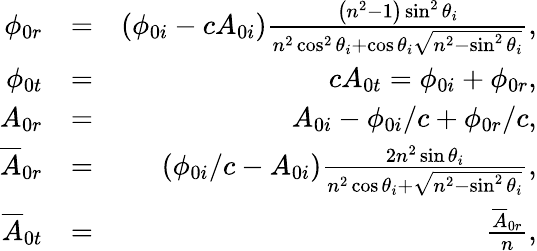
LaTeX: \begin{array}{rlr}{\phi_{0r}}&{=}&{\left(\phi_{0i}-cA_{0i}\right)\frac{\left(n^{2}-1\right)\sin^{2}\theta_{i}}{n^{2}\cos^{2}\theta_{i}+\cos\theta_{i}\sqrt{n^{2}-\sin^{2}\theta_{i}}},}\\ {\phi_{0t}}&{=}&{cA_{0t}=\phi_{0i}+\phi_{0r},}\\ {A_{0r}}&{=}&{A_{0i}-\phi_{0i}/c+\phi_{0r}/c,}\\ {\overline{{A}}_{0r}}&{=}&{\left(\phi_{0i}/c-A_{0i}\right)\frac{2n^{2}\sin\theta_{i}}{n^{2}\cos\theta_{i}+\sqrt{n^{2}-\sin^{2}\theta_{i}}},}\\ {\overline{{A}}_{0t}}&{=}&{\frac{\overline{{A}}_{0r}}{n},}\end{array}